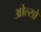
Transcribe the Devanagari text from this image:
ओल्सो